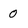
Character: 0